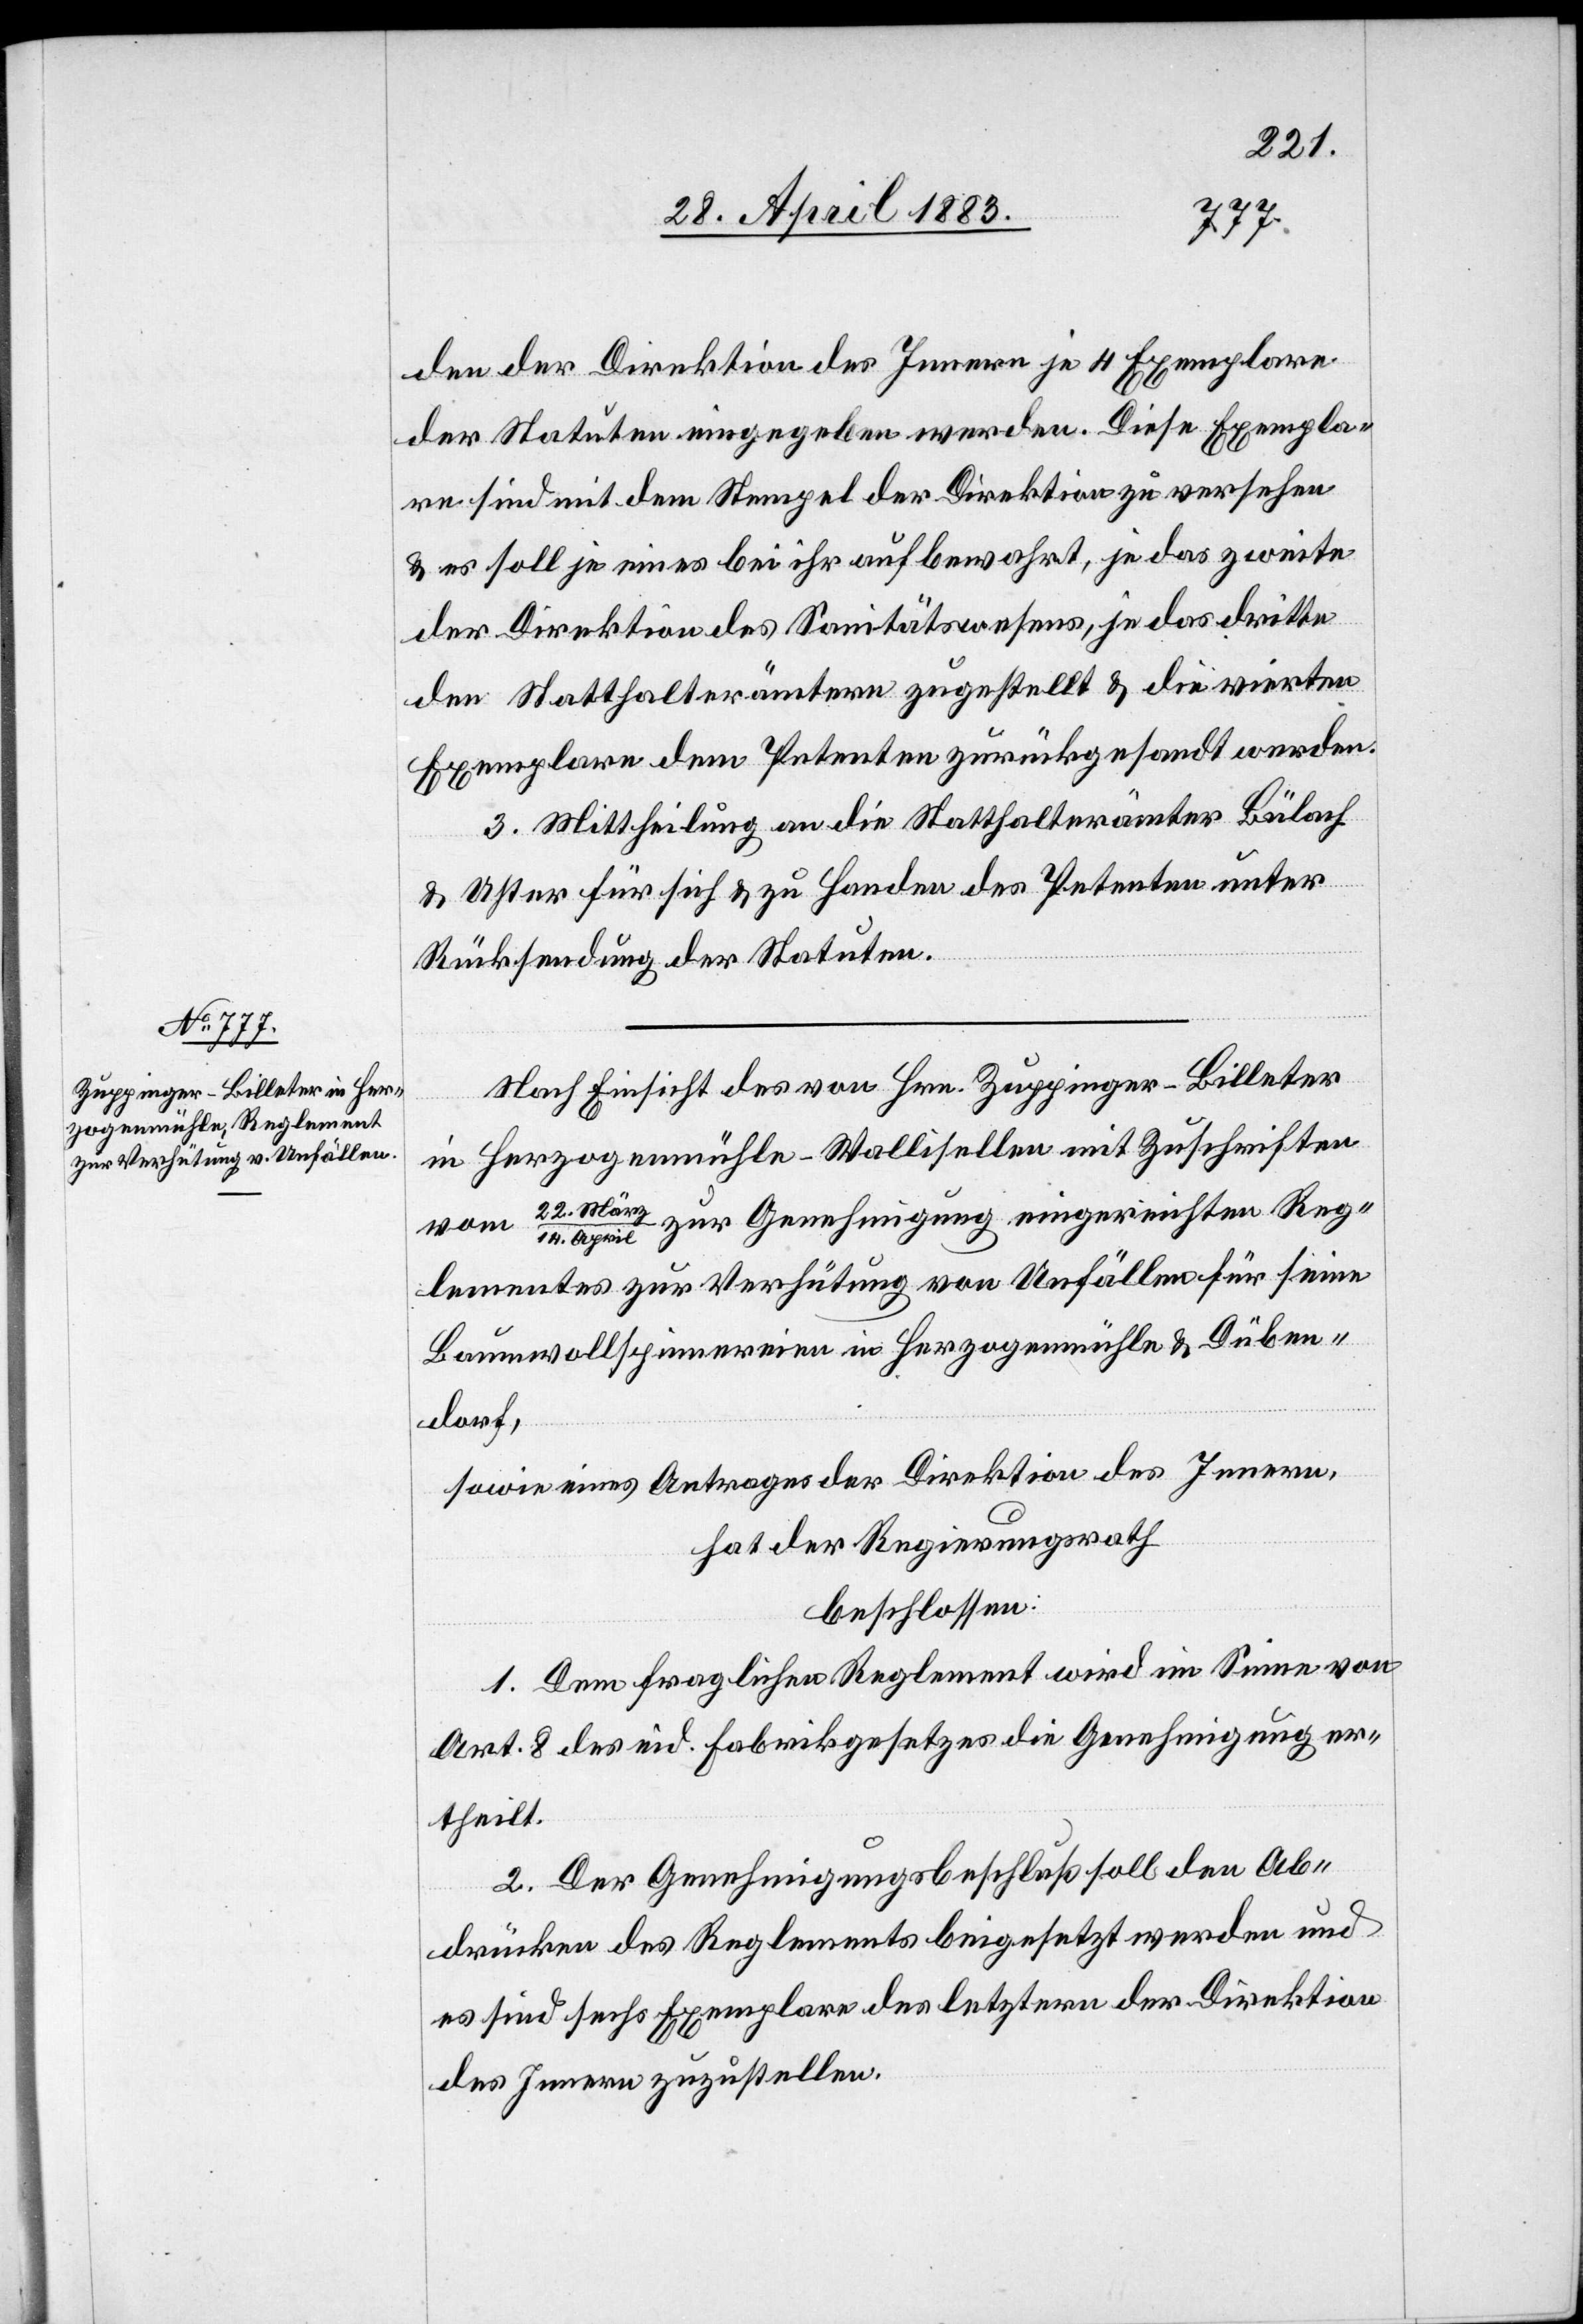
22.
den der Direktion des Innern je 4 Exemplare
der Statuten eingegeben werden. Diese Exempla¬
re sind mit dem Stempel der Direktion zu versehen
& es soll je eines bei ihr aufbewahrt, je das zweite
der Direktion des Sanitätswesens, je das dritte
den Statthalterämtern zugestellt & die vierten
Exemplare dem Petenten zurückgesandt werden.
3. Mittheilung an die Statthalterämter Bülach
& Uster für sich & zu Handen des Petenten unter
Rücksendung der Statuten.
Nach Einsicht des von Hrn. Zuppinger-Billeter
in Herzogenmühle - Wallisellen mit Zuschriften
April zur Genehmigung eingereichten Reg¬
lements zur Verhütung von Unfällen für seine
Baumwollspinnereien Herzogenmühle & Düben¬
dorf,
sowie eines Antrages der Direktion des Innern,
hat der Regierungsrath
beschlossen:
1. Dem fraglichen Reglement wird im Sinne von
Art. 8 des eid. Fabrikgesetzes die Genehmigung er¬
theilt.
2. Der Genehmigungsbeschluß soll den Ab¬
drücken des Reglements beigesetzt werden und
es sind sechs Exemplare des letztern der Direktion
des Innern zuzustellen.